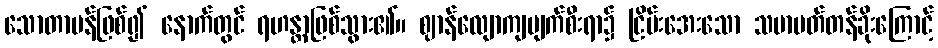
သောတာပန်ဖြစ်၍ နောက်တွင် ရဟန္တာဖြစ်သွား၏။ ဈာန်လျောကျပျက်စီးရာ၌ ငြိမ်းအေးသော သမာပတ်တန်ခိုးကြောင့်